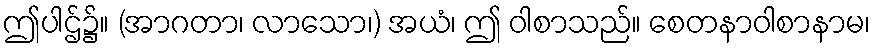
ဤပါဌ်၌။ (အာဂတာ၊ လာသော၊) အယံ၊ ဤ ဝါစာသည်။ စေတနာဝါစာနာမ၊